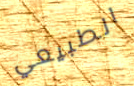
الطبيعي